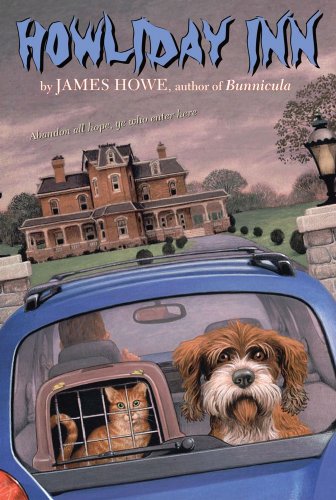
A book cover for Howliday Inn (Bunnicula and Friends); James Howe; Children's Books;